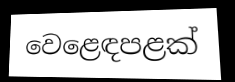
වෙළෙඳපළක්